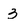
Character: 3